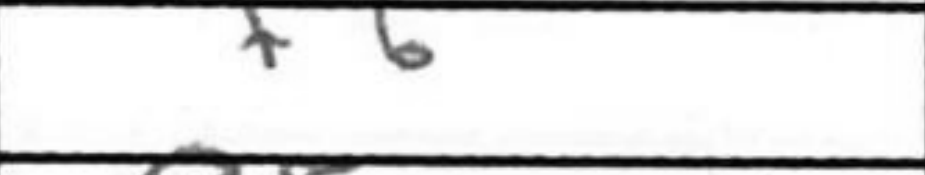
Transcription: f6